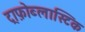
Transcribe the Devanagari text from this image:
ट्राफ़ोब्लास्टिक